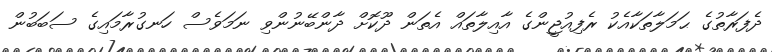
ދެފަރާތުގެ ޙަމަލާތަކާއެކު ރެފިއުޖީންގެ އާއިލާތައް އެތަން ދޫކޮށް ދާންބޭނުންވި ނަމަވެސް ހަނގުރާމައިގެ ސަބަބުން